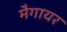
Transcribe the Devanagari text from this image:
मैगायर